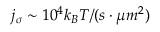
j _ { \sigma } \sim 1 0 ^ { 4 } k _ { B } T / ( s \cdot \mu m ^ { 2 } )